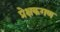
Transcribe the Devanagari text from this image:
प्रेक्षकगण